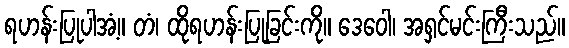
ရဟန်းပြုပါအံ့။ တံ၊ ထိုရဟန်းပြုခြင်းကို။ ဒေဝေါ၊ အရှင်မင်းကြီးသည်။